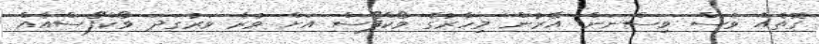
ގޮތެއް ވެސް ވިސްނަން. އޭރުން މިހާރުގެ ވޯކްފޯސް އަށް ވުރެ ވަރުގަދަ ވޯކްފޯސްއެއް